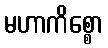
မဟာကိစ္စော